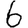
Digit: 6